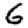
Digit: 6